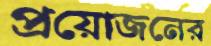
প্রয়োজনের